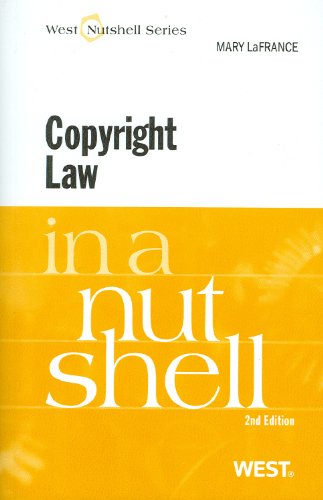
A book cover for Copyright Law in a Nutshell; Mary LaFrance; Law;